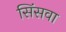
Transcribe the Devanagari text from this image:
सिंसवा